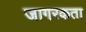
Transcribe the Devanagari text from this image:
जागरकता